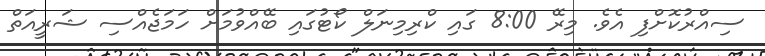
ސިއްރުކޮށްފި އެވެ. މިރޭ 8:00 ގައި ކްރިމިނަލް ކޯޓުގައި ބޭއްވުމަށް ހަމަޖެއްސި ޝަރީއަތް